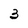
Character: 3